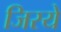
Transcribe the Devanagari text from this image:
जिरये